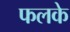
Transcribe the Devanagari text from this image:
फलके